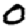
Digit: 0